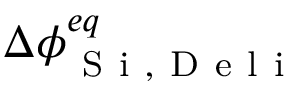
\Delta \phi _ { \mathrm { ~ S ~ i ~ , ~ D ~ e ~ l ~ i ~ } } ^ { e q }